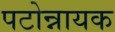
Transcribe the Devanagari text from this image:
पटोन्नायक